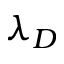
\lambda _ { D }